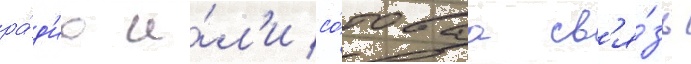
ра́д'ио и́л'и со́товаа св'я́зь